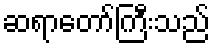
ဆရာတော်ကြီးသည်